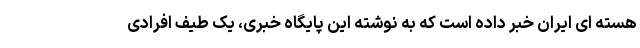
هسته ای ایران خبر داده است که به نوشته این پایگاه خبری، یک طیف افرادی